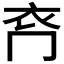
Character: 𧘉